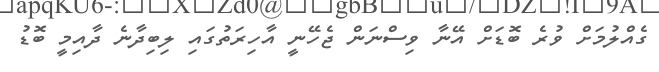
ގެއްލުމަށް ވުރެ ބޮޑަށް އޭނާ ވިސްނަން ޖެހޭނީ އާހިރަތުގައި ލިބިދާނެ ދާއިމީ ބޮޑު